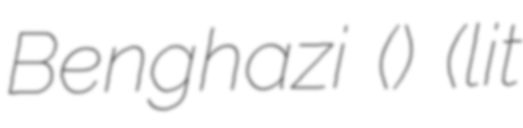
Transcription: Benghazi () (lit